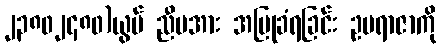
၂၃၈၀၂၄၈၀)ယွမ် ညီမအား အပြုခံရခြင်း ဥပရာဇာကို